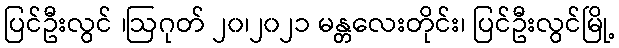
ပြင်ဦးလွင် ၊ဩဂုတ် ၂၀၊၂၀၂၁ မန္တလေးတိုင်း၊ ပြင်ဦးလွင်မြို့